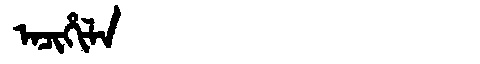
Manchu: ᠠᠴᡳᡥᡳᠯᠠ
Romanization: ACIHILA